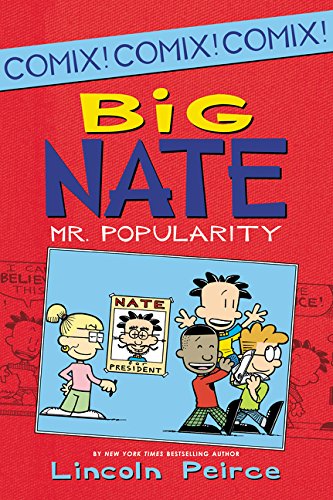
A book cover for Big Nate: Mr. Popularity (Big Nate Comix); Lincoln Peirce; Children's Books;